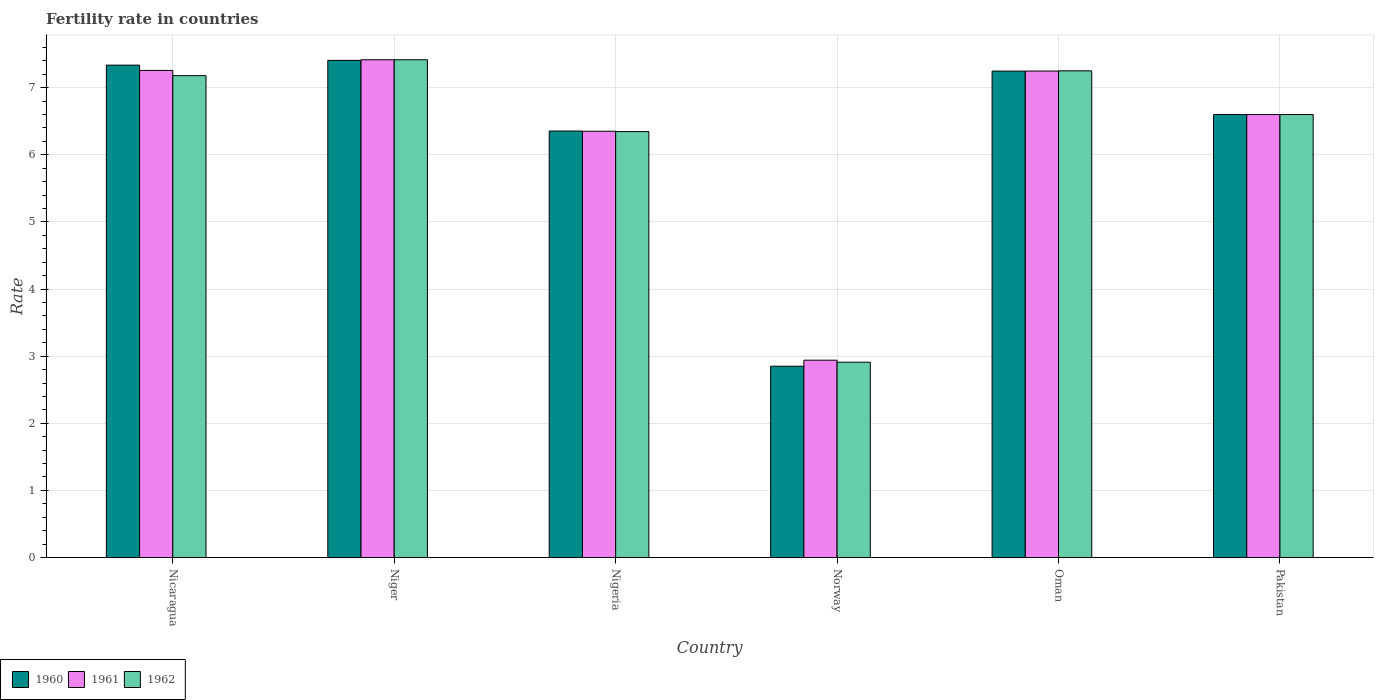
| Country | 1960 | 1961 | 1962 |
 | --- | --- | --- | --- |
 | Nicaragua | 7.34 | 7.26 | 7.18 |
 | Niger | 7.41 | 7.42 | 7.42 |
 | Nigeria | 6.35 | 6.35 | 6.35 |
 | Norway | 2.85 | 2.94 | 2.91 |
 | Oman | 7.25 | 7.25 | 7.25 |
 | Pakistan | 6.6 | 6.6 | 6.6 |